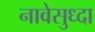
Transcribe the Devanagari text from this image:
नावेसुध्दा